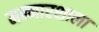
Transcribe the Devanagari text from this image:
मन्नारशाला